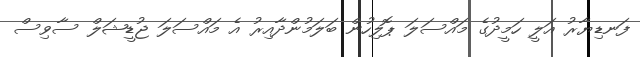
ފަނޑިޔާރު އަލީ ހަމީދުގެ މައްސަލަ ޕޮލިހުން ބަލަމުންދާއިރު އެ މައްސަލަ ޖުޑީޝަލް ސާވިސް